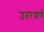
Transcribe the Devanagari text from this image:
उतरवावे